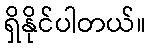
ရှိနိုင်ပါတယ်။